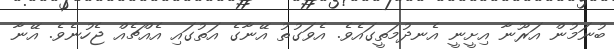
ބުނަމުން އަރޫނާ އިށީނީ އެނދުމަތީގައެވެ. އެވަގުތު އޭނާގެ އަތުގައި އެއްޗެއް ޖެހުނެވެ. އޭނާ